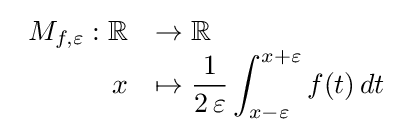
{\begin{array}{rl}M_{f,\varepsilon }:\mathbb {R} &\rightarrow \mathbb {R} \\x&\mapsto \displaystyle {\frac {1}{2\,\varepsilon }}\int _{x-\varepsilon }^{x+\varepsilon }f(t)\,dt\end{array}}